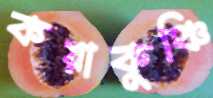
কয়াকুঞ্চি